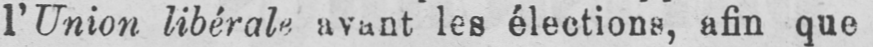
l’Union libérale avant les élections, afin que